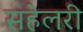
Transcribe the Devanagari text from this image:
सहेलरी